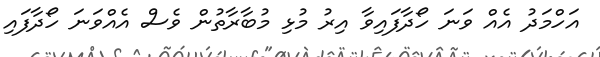
އަހްމަދު އެއް ވަނަ ހޯދާފައިވާ އިރު މުޅި މުބާރާތުން ވެސް އެއްވަނަ ހޯދާފައި